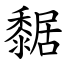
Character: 䵕